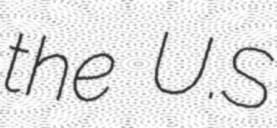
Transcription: the U.S